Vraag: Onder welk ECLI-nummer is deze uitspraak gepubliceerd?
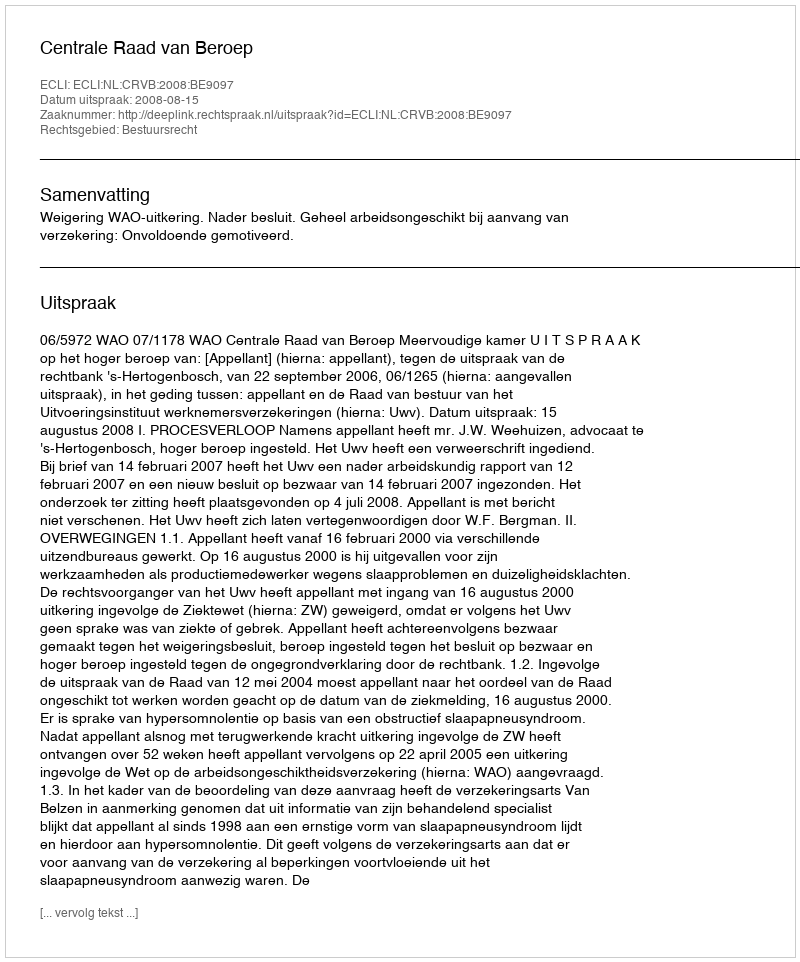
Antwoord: ECLI:NL:CRVB:2008:BE9097